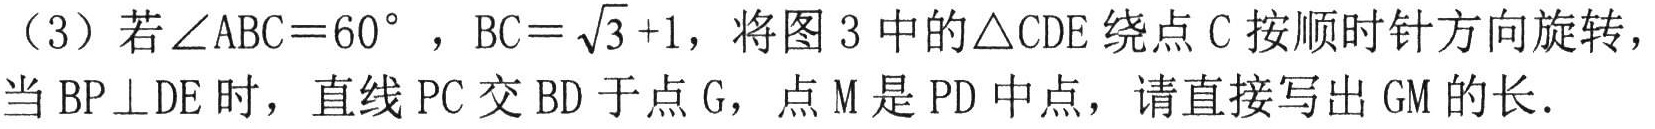
（3）若\(\angle ABC = 60^{\circ}\)，\(BC=\sqrt{3}+1\)，将图3中的\(\triangle CDE\)绕点\(C\)按顺时针方向旋转，当\(BP\perp DE\)时，直线\(PC\)交\(BD\)于点\(G\)，点\(M\)是\(PD\)中点，请直接写出\(GM\)的长．